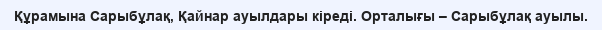
Құрамына Сарыбұлақ, Қайнар ауылдары кіреді. Орталығы – Сарыбұлақ ауылы.